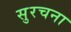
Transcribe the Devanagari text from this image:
सुरचना